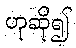
ဟုဆို၍